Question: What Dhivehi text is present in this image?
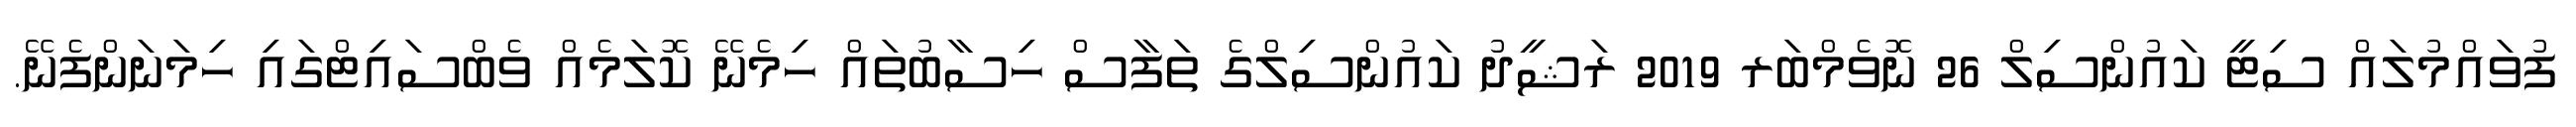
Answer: ފުވައްމުލައް ސިޓީ ކައުންސިލް 26 ނޮވެމްބަރ 2019 ރަޝީދު ކައުންސިލްގެ ތަފާސް ހިސާބުތައް ހިމެނޭ ކޮލަމެއް ވެބްސައިޓްގައި ހިމަނަންފެނޭ.